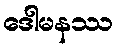
ဒေါမနဿ